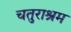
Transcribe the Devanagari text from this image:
चतुराश्रम